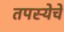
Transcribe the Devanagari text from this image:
तपस्येचे